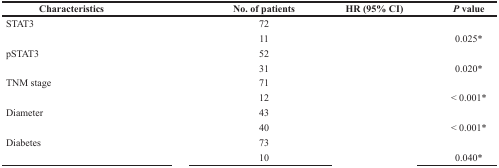
<table><thead><tr><td><b>Characteristics</b></td><td>[EMPTY_CELL]</td><td><b>No. of patients</b></td><td><b>HR (95% CI)</b></td><td><b><i>P</i> value</b></td></tr></thead><tbody><tr><td>STAT3</td><td>[EMPTY_CELL]</td><td>72</td><td>[EMPTY_CELL]</td><td>[EMPTY_CELL]</td></tr><tr><td>[EMPTY_CELL]</td><td>[EMPTY_CELL]</td><td>11</td><td>[EMPTY_CELL]</td><td>0.025*</td></tr><tr><td>pSTAT3</td><td>[EMPTY_CELL]</td><td>52</td><td>[EMPTY_CELL]</td><td>[EMPTY_CELL]</td></tr><tr><td>[EMPTY_CELL]</td><td>[EMPTY_CELL]</td><td>31</td><td>[EMPTY_CELL]</td><td>0.020*</td></tr><tr><td>TNM stage</td><td>[EMPTY_CELL]</td><td>71</td><td>[EMPTY_CELL]</td><td>[EMPTY_CELL]</td></tr><tr><td>[EMPTY_CELL]</td><td>[EMPTY_CELL]</td><td>12</td><td>[EMPTY_CELL]</td><td>&lt; 0.001*</td></tr><tr><td>Diameter</td><td>[EMPTY_CELL]</td><td>43</td><td>[EMPTY_CELL]</td><td>[EMPTY_CELL]</td></tr><tr><td>[EMPTY_CELL]</td><td>[EMPTY_CELL]</td><td>40</td><td>[EMPTY_CELL]</td><td>&lt; 0.001*</td></tr><tr><td>Diabetes</td><td>[EMPTY_CELL]</td><td>73</td><td>[EMPTY_CELL]</td><td>[EMPTY_CELL]</td></tr><tr><td>[EMPTY_CELL]</td><td>[EMPTY_CELL]</td><td>10</td><td>[EMPTY_CELL]</td><td>0.040*</td></tr></tbody></table>